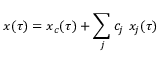
x ( \tau ) = x _ { c } ( \tau ) + \sum _ { j } c _ { j } \ x _ { j } ( \tau )